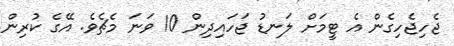
ޖެހިޖެހިގެން އެ ޓީމަށް ލަނޑު ޖަހައިދިން 10 ވަނަ މެޗެވެ. އޭގެ ކުރިން